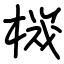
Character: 機